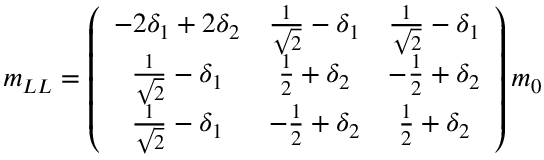
m _ { L L } = \left( \begin{array} { c c c } { { - 2 \delta _ { 1 } + 2 \delta _ { 2 } } } & { { \frac { 1 } { \sqrt { 2 } } - \delta _ { 1 } } } & { { \frac { 1 } { \sqrt { 2 } } - \delta _ { 1 } } } \\ { { \frac { 1 } { \sqrt { 2 } } - \delta _ { 1 } } } & { { \frac { 1 } { 2 } + \delta _ { 2 } } } & { { - \frac { 1 } { 2 } + \delta _ { 2 } } } \\ { { \frac { 1 } { \sqrt { 2 } } - \delta _ { 1 } } } & { { - \frac { 1 } { 2 } + \delta _ { 2 } } } & { { \frac { 1 } { 2 } + \delta _ { 2 } } } \end{array} \right) m _ { 0 }